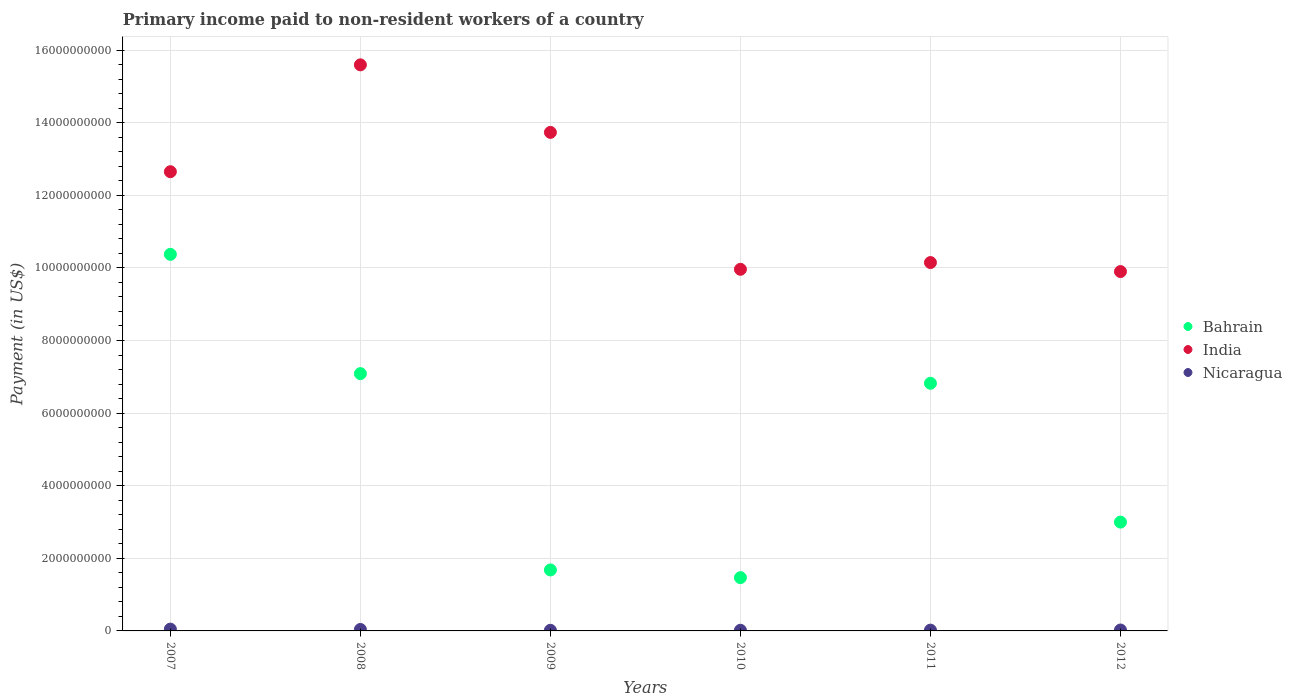
| Years | Bahrain | India | Nicaragua |
 | --- | --- | --- | --- |
 | 2007 | 1.04e+10 | 1.26e+10 | 4.96e+07 |
 | 2008 | 7.09e+09 | 1.56e+10 | 4.04e+07 |
 | 2009 | 1.68e+09 | 1.37e+10 | 1.73e+07 |
 | 2010 | 1.47e+09 | 9.96e+09 | 1.82e+07 |
 | 2011 | 6.82e+09 | 1.01e+10 | 2.16e+07 |
 | 2012 | 3e+09 | 9.9e+09 | 2.52e+07 |